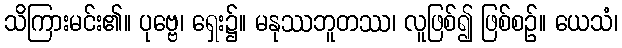
သိကြားမင်း၏။ ပုဗ္ဗေ၊ ရှေး၌။ မနုဿဘူတဿ၊ လူဖြစ်၍ ဖြစ်စဉ်။ ယေသံ၊